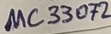
Text: µC33072